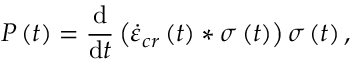
P \left( t \right) = \frac { \mathrm { d } } { \mathrm { d } t } \left( \dot { \varepsilon } _ { c r } \left( t \right) \ast \sigma \left( t \right) \right) \sigma \left( t \right) ,